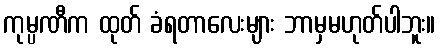
ကုမ္ပဏီက ထုတ် ခံရတာလေးများ ဘာမှမဟုတ်ပါဘူး။